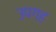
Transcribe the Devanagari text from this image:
उपगह